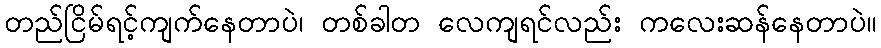
တည်ငြိမ်ရင့်ကျက်နေတာပဲ၊ တစ်ခါတ လေကျရင်လည်း ကလေးဆန်နေတာပဲ။